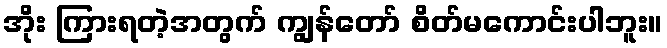
အိုး ကြားရတဲ့အတွက် ကျွန်တော် စိတ်မကောင်းပါဘူး။